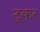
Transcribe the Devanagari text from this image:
टूकर